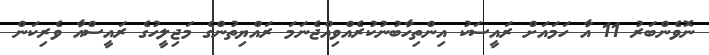
ނޮވެންބަރު 11 އާ ހަމައަށް ރައީސަކު އިންތިހާބުނުކުރެއްވިއްޖެނަމަ ރައްޔިތުންގެ މަޖިލީހުގެ ރައީސްއާ ވެރިކަން